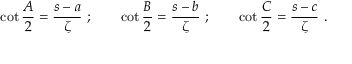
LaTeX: \cot { \frac { A } { 2 } } = { \frac { s - a } { \zeta } } ~ ; \qquad \cot { \frac { B } { 2 } } = { \frac { s - b } { \zeta } } ~ ; \qquad \cot { \frac { C } { 2 } } = { \frac { s - c } { \zeta } } ~ .